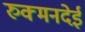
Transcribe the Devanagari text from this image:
रुक्मनदेई